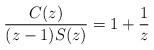
LaTeX: \begin{align*} \frac{C(z)}{(z-1) S(z)}=1 + \frac{1}{z}\end{align*}